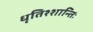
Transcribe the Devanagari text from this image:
धृतिश्शान्तिः